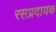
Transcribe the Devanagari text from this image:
रसप्रदायक